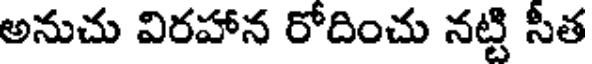
అనుచు విరహాన రోదించు నట్టి సీత